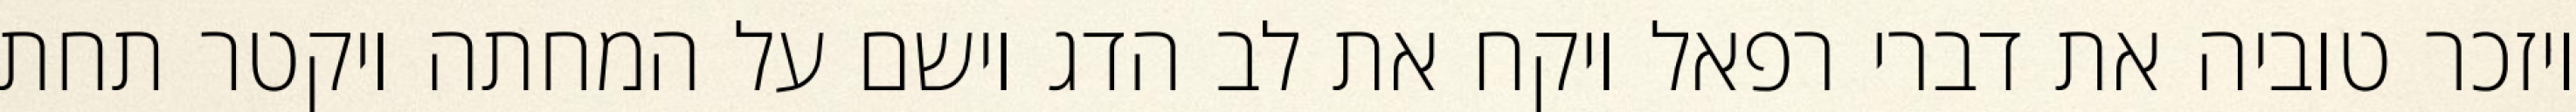
ויזכר טוביה את דברי רפאל ויקח את לב הדג וישם על המחתה ויקטר תחת